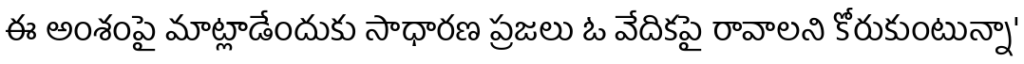
ఈ అంశంపై మాట్లాడేందుకు సాధారణ ప్రజలు ఓ వేదికపై రావాలని కోరుకుంటున్నా'